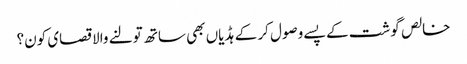
خالص گوشت کے پسے وصول کر کے ہڈیاں بھی ساتھ تولنے والا قصای کون؟